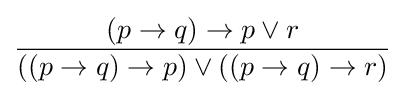
{\frac {(p\to q)\to p\lor r}{((p\to q)\to p)\lor ((p\to q)\to r)}}